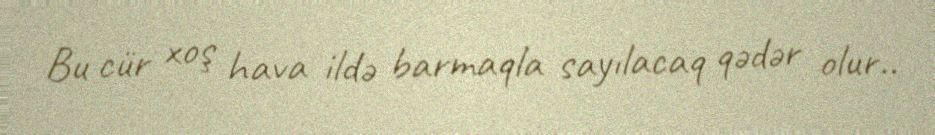
Bu cür xoş hava ildə barmaqla sayılacaq qədər olur..